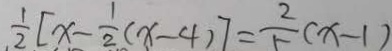
\frac { 1 } { 2 } [ x - \frac { 1 } { 2 } ( x - 4 ) ] = \frac { 2 } { 5 } ( x - 1 )